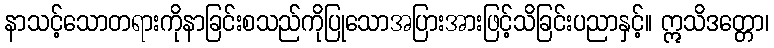
နာသင့်သောတရားကိုနာခြင်းစသည်ကိုပြုသောအပြားအားဖြင့်သိခြင်းပညာနှင့်။ ဣသိဒတ္တော၊